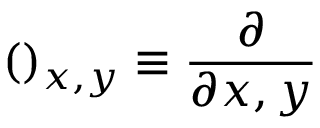
( ) _ { x , y } \equiv \frac { \partial } { \partial x , y }